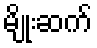
မျိုးဆက်